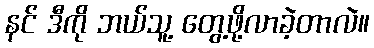
နင် ဒီကို ဘယ်သူ့ တွေ့ဖို့လာခဲ့တာလဲ။